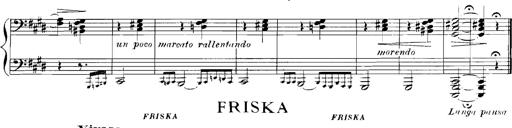
Title: Rhapsodies hongroises
Composer: Franz Liszt